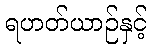
ရဟတ်ယာဉ်နှင့်